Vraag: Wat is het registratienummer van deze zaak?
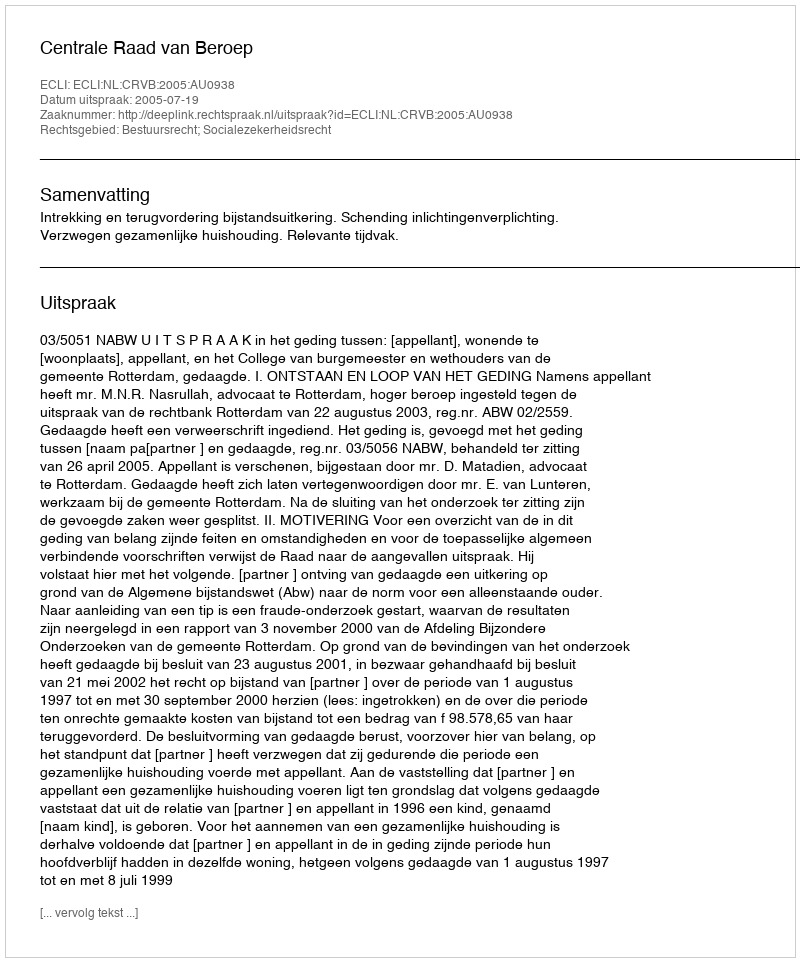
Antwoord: http://deeplink.rechtspraak.nl/uitspraak?id=ECLI:NL:CRVB:2005:AU0938